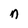
Character: n